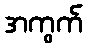
အကွက်